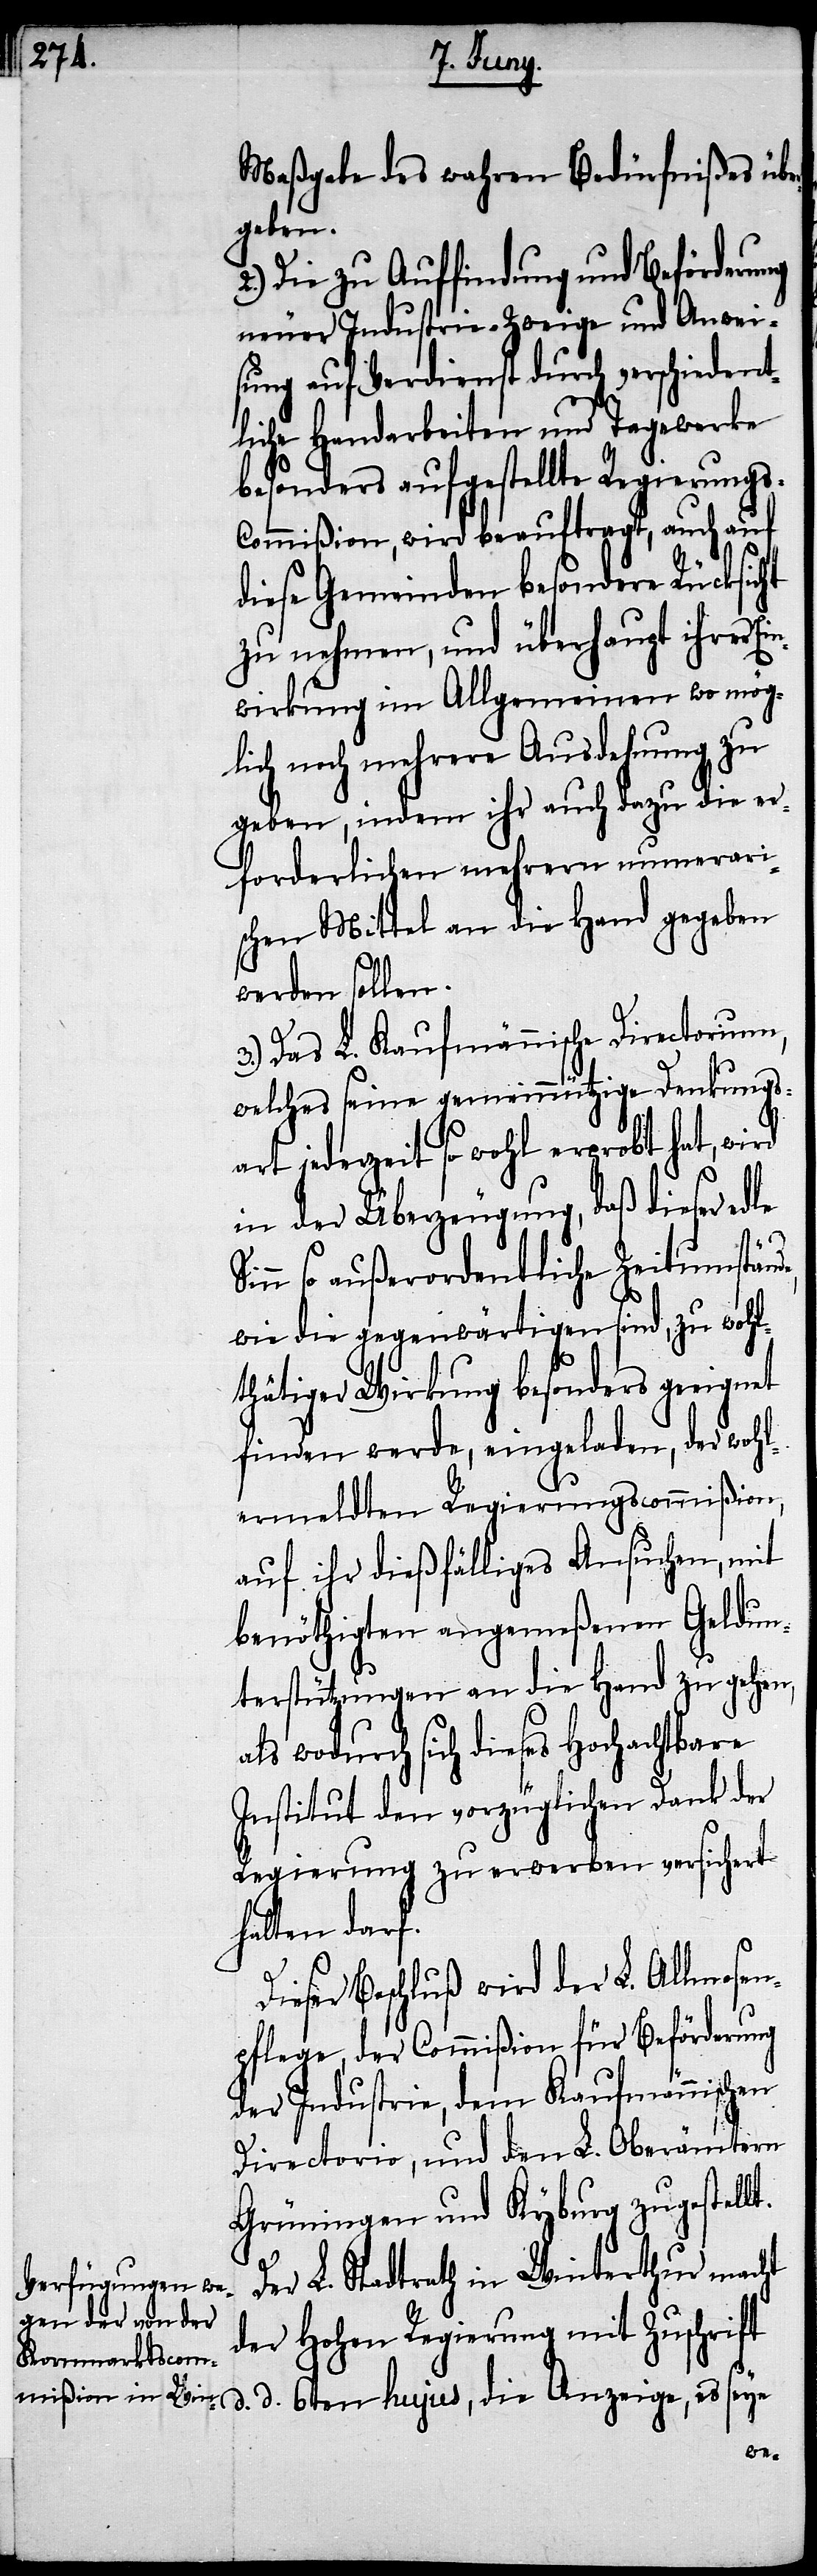
Maßgabe des wahren Bedürfnißes übe¬
rgeben.
2.) Die zu Auffindung und Beförderung
neuer Industrie-Zweige und Anwei¬
sung auf Verdienst durch verschiedent¬
liche Handarbeiten und Tagwerke
besonders aufgestellte Regierungs-C¬
ommißion, wird beauftragt, auch auf
diese Gemeinden besondere Rücksicht
zu nehmen, und überhaupt ihrer Ei¬
nwirkung im Allgemeinen wo mög¬
lich noch mehrere Ausdehnung zu
geben, indem ihr auch dazu die er¬
forderlichen mehrern numerari¬
schen Mittel an die Hand gegeben
werden sollen.
Das L. Kaufmännische Directorium,
welches seine gemeinnützige Denkungs¬
art jederzeit so wohl erprobt hat, wird
in der Überzeugung, daß dieser ed¬
so außerordentliche Zeitumstände
wie die gegenwärtigen sind, zu wohl¬
thätiger Wirkung besonders geeignet
finden werde, eingeladen, der wohl¬
ermeldten Regierungscommißion,
auf ihr dießfälliges Ansuchen, mit
benöthigten angemeßenen Geldun¬
terstützungen an die Hand zu gehen,
wodurch sich dieses Hochachtbare
Institut den vorzüglichen Dank der
Regierung zu erwerben versichert
halten darf.
Dieser Beschluß wird der L. Allmosen¬
pflege, der Commißion für Beförderung
der Industrie, dem Kaufmännischen
Directorio, und den L. Oberämtern
Grüningen und Kyburg zugestellt.
Der L. Stadtrath in Winterthur macht
der Hohen Regierung mit Zuschrift
d. 6ten hujus, die Anzeige, es seye
le